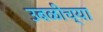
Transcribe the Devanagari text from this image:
उबळीच्या